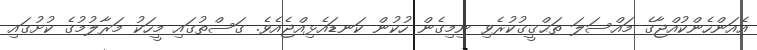
އެއަންހެންކުއްޖާގެ މައްސަލަ ތަޙްޤީޤުކުރެވި ނިމިގެން ހުކުން ކަނޑައެޅިއްޖެއެވެ. ގަސްތުގައި މީހަކު މަރާލުމުގެ ކުށުގައި